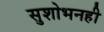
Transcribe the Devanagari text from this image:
सुशोभनही